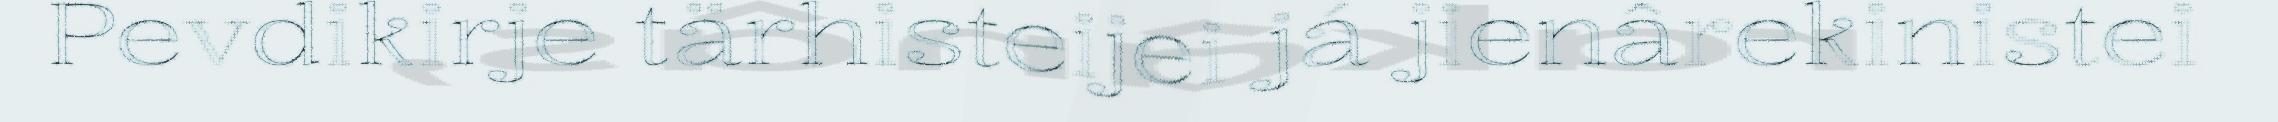
Pevdikirje tärhisteijei já jienârekinistei